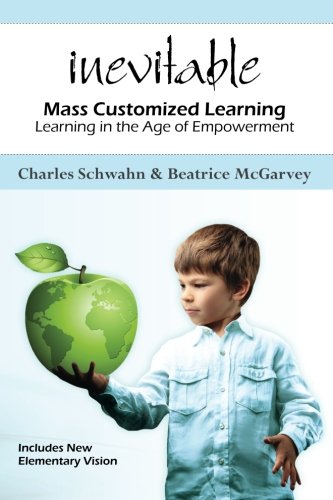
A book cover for Inevitable:  Mass Customized Learning: Learning in the Age of Empowerment (New Edition); Charles Schwahn; Education & Teaching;